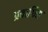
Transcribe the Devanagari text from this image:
प्रवाधित